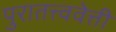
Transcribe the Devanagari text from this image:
पुरातत्त्ववेत्ती